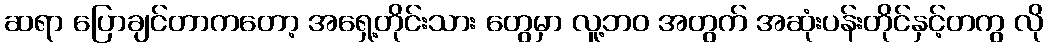
ဆရာ ပြောချင်တာကတော့ အရှေ့တိုင်းသား တွေမှာ လူ့ဘဝ အတွက် အဆုံးပန်းတိုင်နှင့်တကွ လို